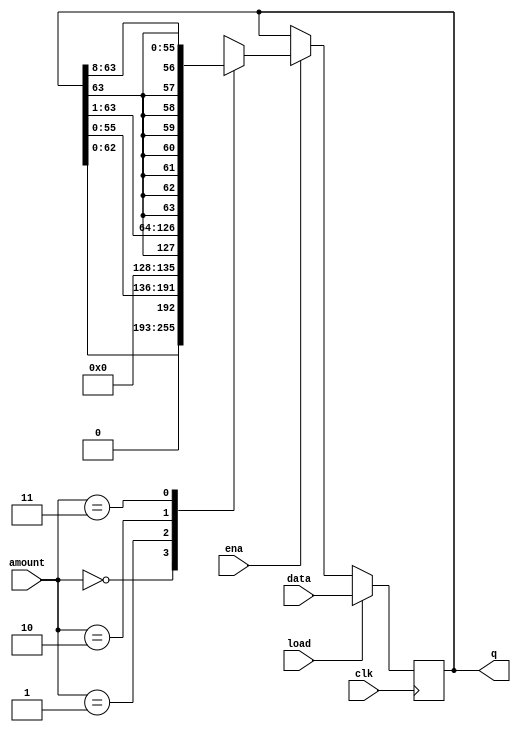
module top_module(
    input clk,
    input load,
    input ena,
    input [1:0] amount,
    input [63:0] data,
    output reg [63:0] q); 
    always@(posedge clk)begin
        if(load) q<=data;
        else if(ena) begin
            case(amount)
                2'h0: q<=q<<<1;
                2'h1: q<=q<<<8;
                2'h2: q<={q[63],q[63:1]};
                2'h3: q<={{8{q[63]}},q[63:8]};
            endcase
        end
    end
endmodule